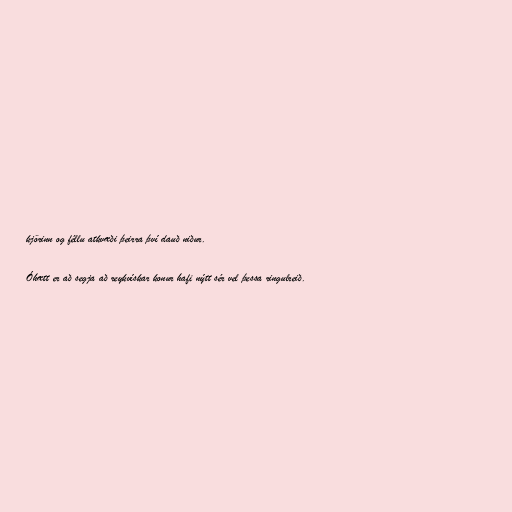
kjörinn og féllu atkvæði þeirra því dauð niður.

Óhætt er að segja að reykvískar konur hafi nýtt sér vel þessa ringulreið.